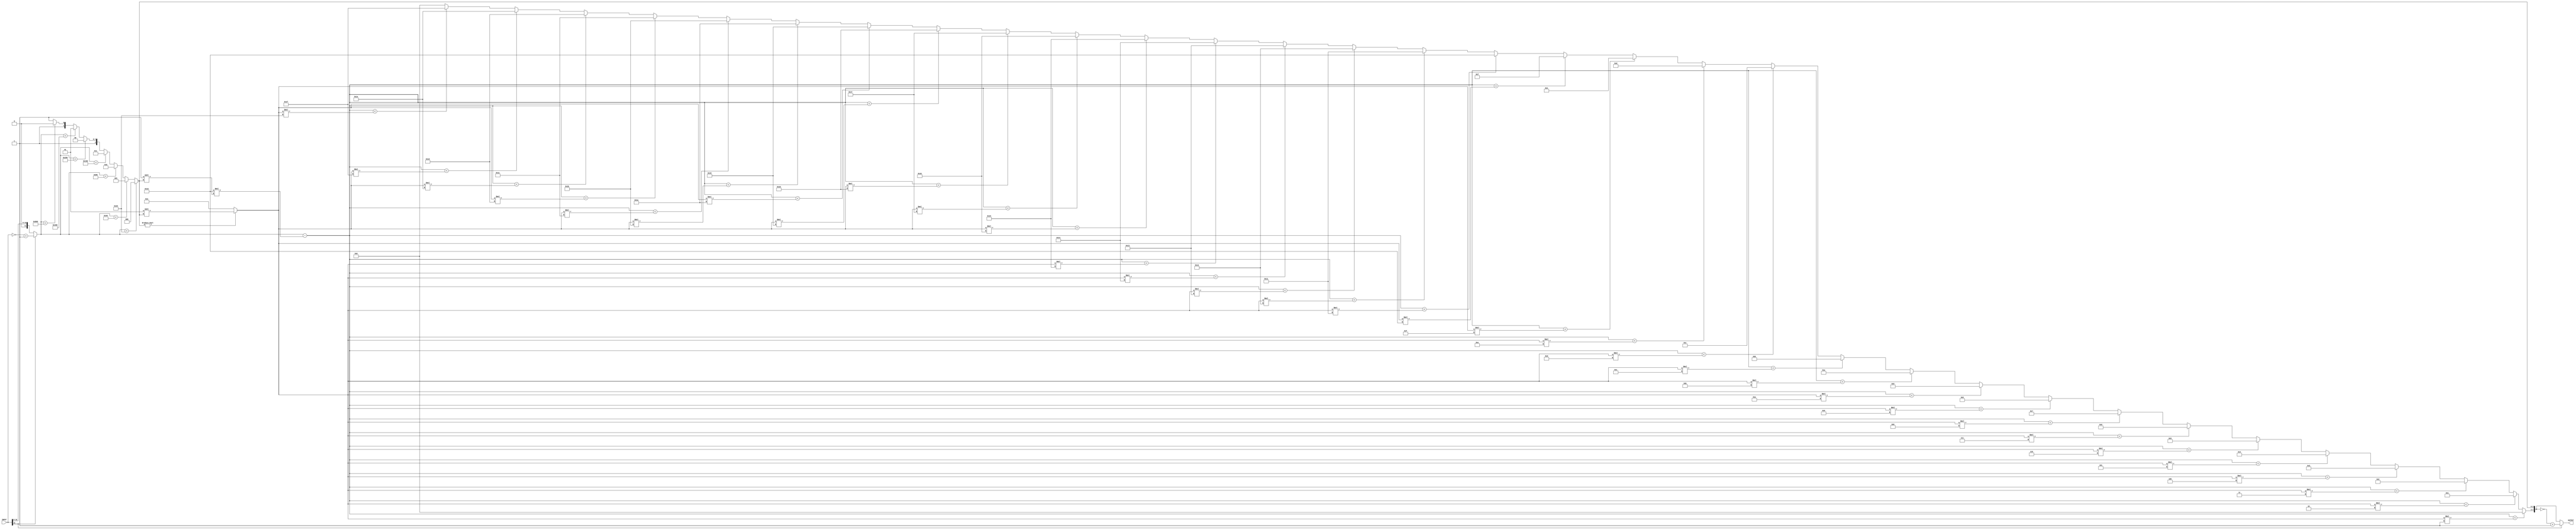
module Alaw(INPUT, OUTPUT);
input [11:0] INPUT;
output [7:0] OUTPUT;

wire [11:0] data1, data2, data3;
wire [2:0] x;
wire [4:0] w;
wire[7:0] y;
wire negative; 

//Convert to positive (via 2s complement) if the input is negative
assign negative = INPUT[11]; //hold the +/- value of the input
assign data1 = INPUT[11] ? ~INPUT + 1: INPUT;

//pseudo for-loop from 0 to 8 to find the variable x to multiply by
assign x = (data1<(32*(2**0)))?0:
			(data1<(32*(2**1)))?1:
			(data1<(32*(2**2)))?2:
			(data1<(32*(2**3)))?3:
			(data1<(32*(2**4)))?4:
			(data1<(32*(2**5)))?5:
			(data1<(32*(2**6)))?6:7;

assign data2 = data1-(16*(2**x));

//init variable y
assign y = (x!=0)?(2**x):2;

//pseudo for-loop from 1-32 to find variable w
assign w = (data2<(y*1))?0:
			(data2<(y*2))?1:
			(data2<(y*3))?2:
			(data2<(y*4))?3:
			(data2<(y*5))?4:
			(data2<(y*6))?5:
			(data2<(y*7))?6:
			(data2<(y*8))?7:
			(data2<(y*9))?8:
			(data2<(y*10))?9:
			(data2<(y*11))?10:
			(data2<(y*12))?11:
			(data2<(y*13))?12:
			(data2<(y*14))?13:
			(data2<(y*15))?14:
			(data2<(y*16))?15:
			(data2<(y*17))?16:
			(data2<(y*18))?17:
			(data2<(y*19))?18:
			(data2<(y*20))?19:
			(data2<(y*21))?20:
			(data2<(y*22))?21:
			(data2<(y*23))?22:
			(data2<(y*24))?23:
			(data2<(y*25))?24:
			(data2<(y*26))?25:
			(data2<(y*27))?26:
			(data2<(y*28))?27:
			(data2<(y*29))?28:
			(data2<(y*30))?29:
			(data2<(y*31))?30:
			(data2<(y*32))?31:0;

assign data3 = {w,x};



//check and make negative again if needed

assign OUTPUT = negative? ~data3 + 1: data3;		
			

endmodule